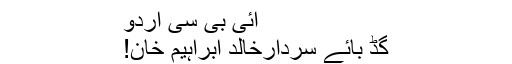
آئی بی سی اردو
گُڈ بائے سردارخالد ابراہیم خان!